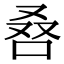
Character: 𠭀